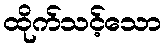
ထိုက်သင့်သော